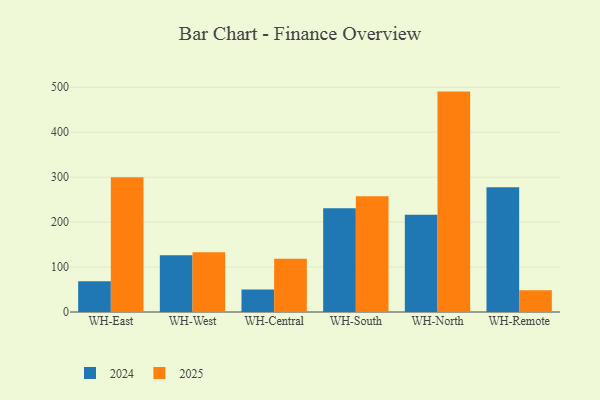
{"axis": {"x": "Warehouse", "y": "LTV (USD)"}, "legend": ["2024", "2025"], "data": [{"x": "WH-East", "y": 68.5, "type": "2024"}, {"x": "WH-East", "y": 300.0, "type": "2025"}, {"x": "WH-West", "y": 126.5, "type": "2024"}, {"x": "WH-West", "y": 133.2, "type": "2025"}, {"x": "WH-Central", "y": 49.8, "type": "2024"}, {"x": "WH-Central", "y": 118.7, "type": "2025"}, {"x": "WH-South", "y": 230.9, "type": "2024"}, {"x": "WH-South", "y": 257.8, "type": "2025"}, {"x": "WH-North", "y": 216.5, "type": "2024"}, {"x": "WH-North", "y": 490.4, "type": "2025"}, {"x": "WH-Remote", "y": 277.5, "type": "2024"}, {"x": "WH-Remote", "y": 48.2, "type": "2025"}]}